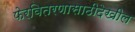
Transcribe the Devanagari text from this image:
फेरवितरणासाठीदेखील